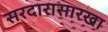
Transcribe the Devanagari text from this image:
सरदारासारखा